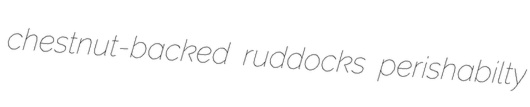
chestnut-backed ruddocks perishabilty